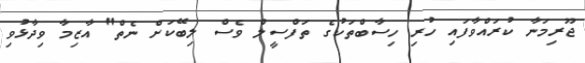
ޖޫރިމަނާ ކުރައްވާފައި ހުރި ހިސާބްތަކުގެ ތަފްސީލް ވެސް ލިބޭކަށް ނެތް" އާޒިމާ ވިދާޅުވި